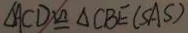
\Delta A C D \cong \Delta C B E ( S A S )